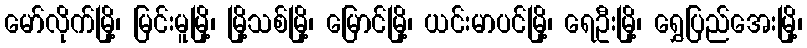
မော်လိုက်မြို့၊ မြင်းမူမြို့၊ မြို့သစ်မြို့၊ မြောင်မြို့၊ ယင်းမာပင်မြို့၊ ရေဦးမြို့၊ ရွှေပြည်အေးမြို့၊